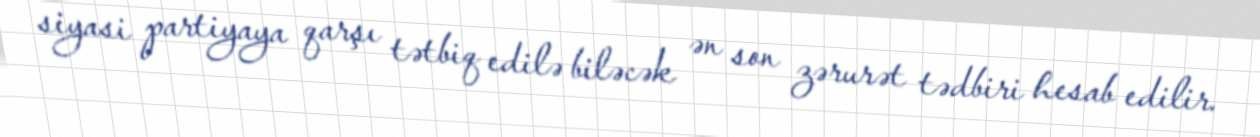
siyasi partiyaya qarşı tətbiq edilə biləcək ən son zərurət tədbiri hesab edilir.